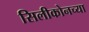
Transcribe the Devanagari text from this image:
सिलीकोनच्या